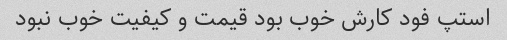
استپ فود کارش خوب بود قیمت و کیفیت خوب نبود